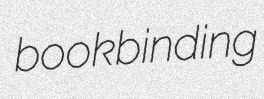
bookbinding